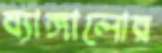
ব্যাঙ্গালোর